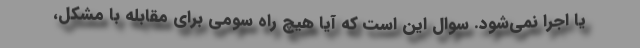
یا اجرا نمی‌شود. سوال این است که آیا هیچ راه سومی برای مقابله با مشکل،